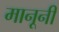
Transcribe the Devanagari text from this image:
मानूनी